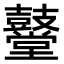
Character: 鼞